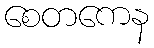
စေတကေန